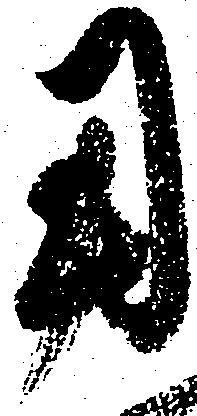
用